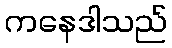
ကနေဒါသည်